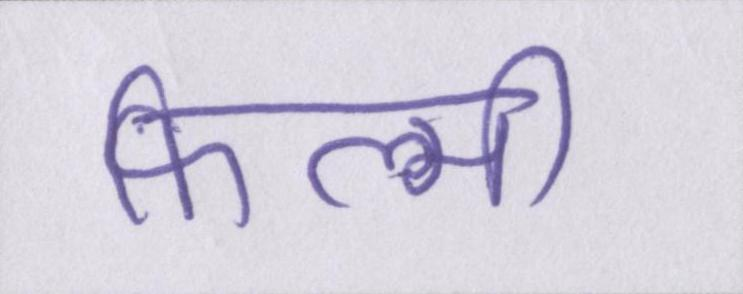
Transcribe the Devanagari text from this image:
फिल्मी